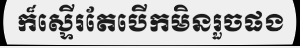
ក៏ស្ទើរតែបើកមិនរួចផង